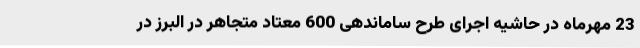
23 مهرماه در حاشیه اجرای طرح ساماندهی 600 معتاد متجاهر در البرز در